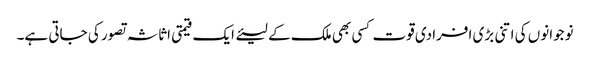
نوجوانوں کی اتنی بڑی افرادی قوت کسی بھی ملک کے لیئے ایک قیمتی اثاثہ تصور کی جاتی ہے۔